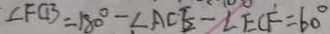
\angle F C B = 1 8 0 ^ { \circ } - \angle A C E - \angle E C F = 6 0 ^ { \circ }